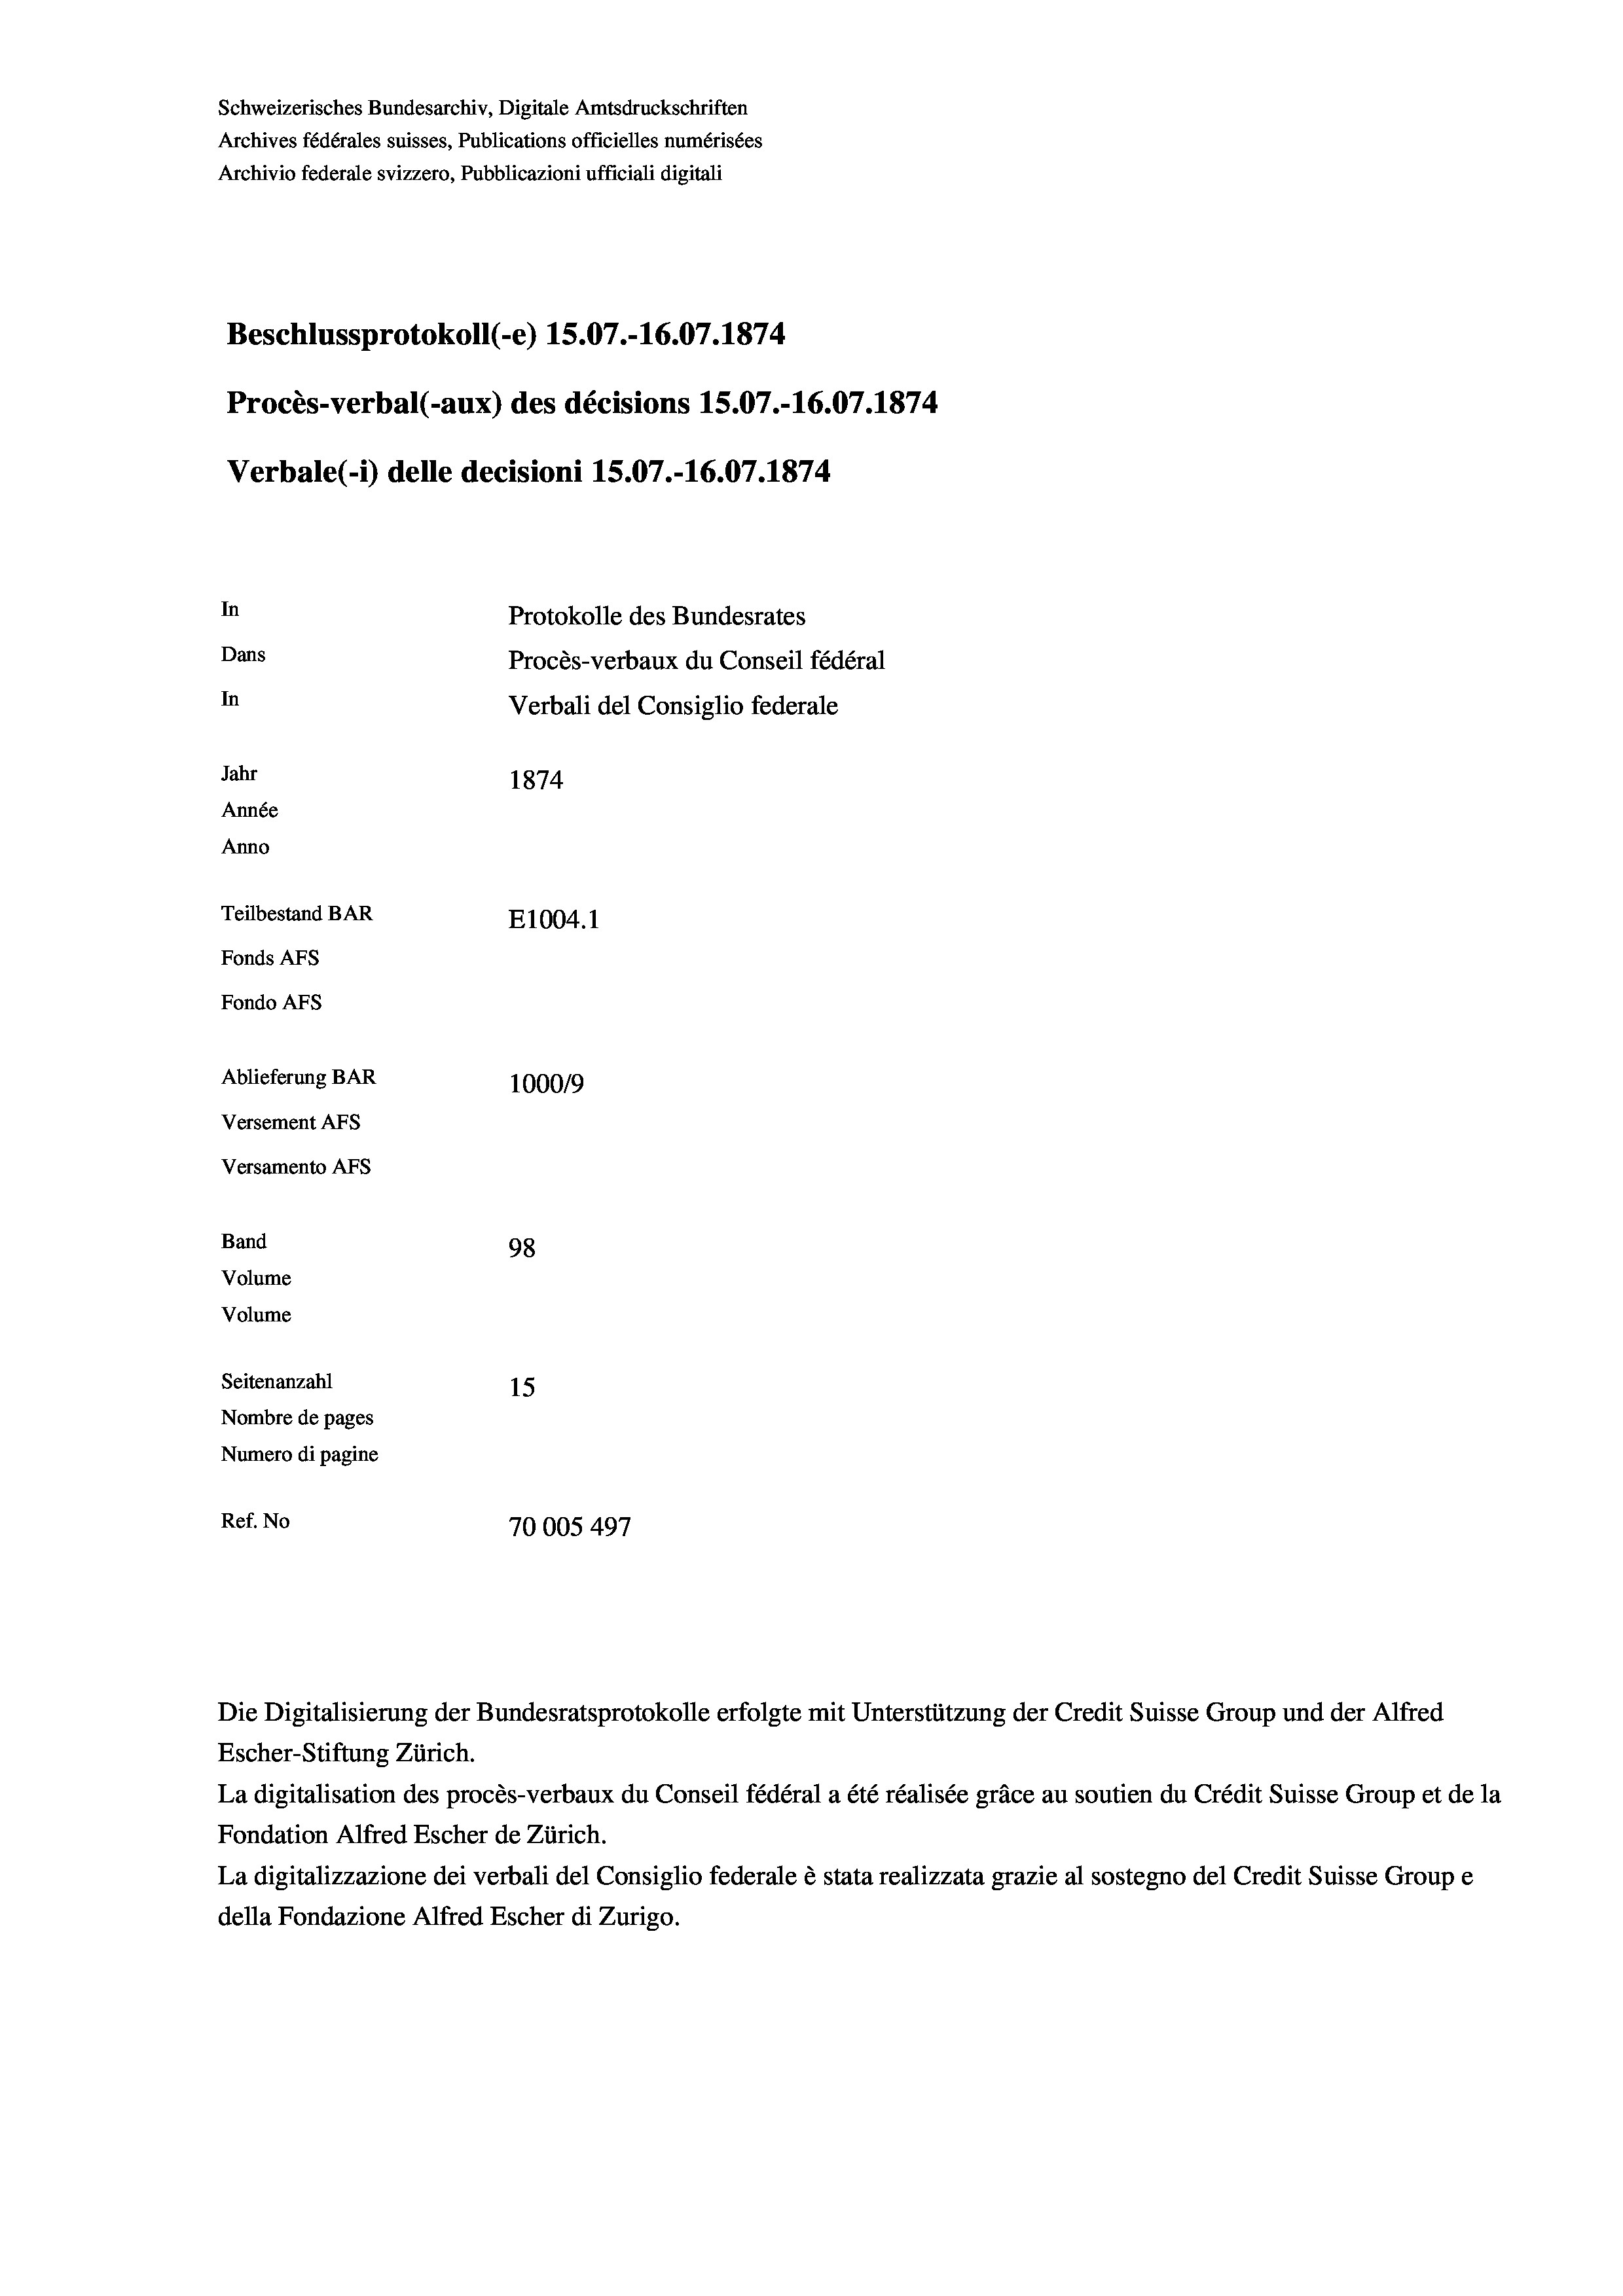
Schweizerisches Bundesarchiv, Digitale Amtsdruckschriften
Archives fédérales suisses, Publications officielles numérisées
Archivio federale svizzero, Pubblicazioni ufficiali digitali
Beschlussprotokoll (-e) 15.07.-16.07. 1874
Procès-verbal (-aux) des décisions 15.07.-16.07. 1874
Verbale (i) delle decisioni 15.07.-16.07. 1874
In
Protokolle des Bundesrates
Dans
Procès-verbaux du Conseil fédéral
In
Verbali del Consiglio federale
Jahr
1874
Année
Anno
Teilbestand BAR
E1004. 1
Fonds AFs
Fondo AFS
Ablieferung BAR
100019
Versement AFs
Versamento Afs
Band
98
Volume
Volume

Seitenanzahl
15
Nombre de pages
Numero di pagine
Ref. No
70005 497

Die Digitalisierung der Bundesratsprotokolle erfolgte mit Unterstützung der Credit Suisse Group und der Alfred
Escher-Stiftung Zürich.
La digitalisation des procès-verbaux du Conseil fédéral a été réalisée gräce au soutien du Crédit Suisse Group et de la
Fondation Alfred Escher de Zürich.
La digitalizzazione dei verbali del Consiglio federale è stata realizzata grazie al sostegno del Credit Suisse Groupe
della Fondazione Alfred Escher di Zurigo.